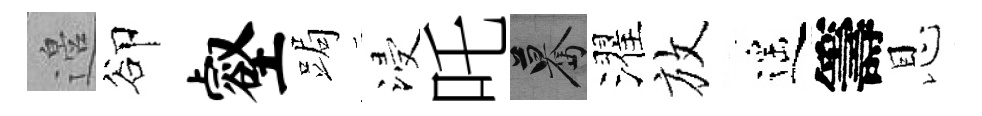
邉卻壑跼浸吒驀濯放遥籌恩